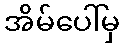
အိမ်ပေါ်မှ